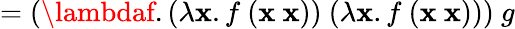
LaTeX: =(\lambdaf.(\lambda\mathbf{x}.f\ (\mathbf{x}\ \mathbf{x}))\ (\lambda\mathbf{x}.f\ (\mathbf{x}\ \mathbf{x})))\ g